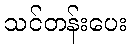
သင်တန်းပေး